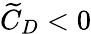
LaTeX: \widetilde{C}_{D}<0